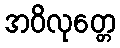
အဝိလုတ္တေ